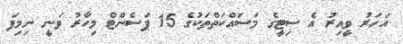
އަހަރު ވީއިރު އެ ސިޓީގެ މަސައްކަތްތަކުގެ 15 ޕަސެންޓް މިހާރު ވަނީ ނިމިފަ